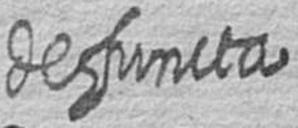
defuncta